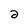
Character: 2